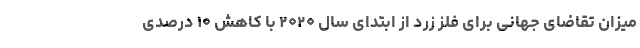
میزان تقاضای جهانی برای فلز زرد از ابتدای سال ۲۰۲۰ با کاهش ۱۰ درصدی